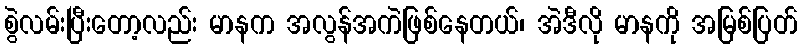
စွဲလမ်းပြီးတော့လည်း မာနက အလွန်အကဲဖြစ်နေတယ်၊ အဲဒီလို မာနကို အမြစ်ပြတ်